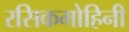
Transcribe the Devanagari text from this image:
रसिकमोहिनी